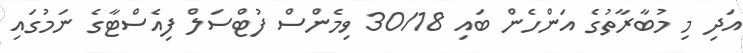
އަދި މި މުބާރާތުގެ އަންހެން ބައި 30/18 ވިމެންސް ފުޓްސަލް ފިއެސްޓާގެ ނަމުގައި